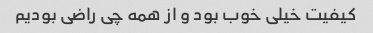
کیفیت خیلی خوب بود و از همه چی راضی بودیم